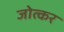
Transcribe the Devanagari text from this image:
जोत्कर